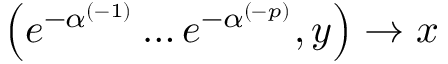
\left( e ^ { - \alpha ^ { ( - 1 ) } } \ldots e ^ { - \alpha ^ { ( - p ) } } , y \right) \rightarrow x